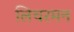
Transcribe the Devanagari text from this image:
लिचरमन